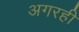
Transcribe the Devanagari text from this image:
अगरही